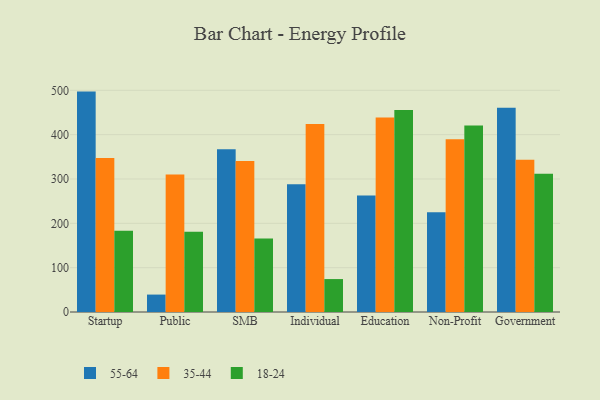
{"axis": {"x": "Segment", "y": "Waste Production (Tons)"}, "legend": ["18-24", "35-44", "55-64"], "data": [{"x": "Startup", "y": 497.1, "type": "55-64"}, {"x": "Startup", "y": 347.1, "type": "35-44"}, {"x": "Startup", "y": 183.3, "type": "18-24"}, {"x": "Public", "y": 39.3, "type": "55-64"}, {"x": "Public", "y": 310.2, "type": "35-44"}, {"x": "Public", "y": 180.9, "type": "18-24"}, {"x": "SMB", "y": 367.3, "type": "55-64"}, {"x": "SMB", "y": 340.4, "type": "35-44"}, {"x": "SMB", "y": 165.5, "type": "18-24"}, {"x": "Individual", "y": 287.9, "type": "55-64"}, {"x": "Individual", "y": 423.9, "type": "35-44"}, {"x": "Individual", "y": 74.3, "type": "18-24"}, {"x": "Education", "y": 263.0, "type": "55-64"}, {"x": "Education", "y": 438.5, "type": "35-44"}, {"x": "Education", "y": 455.7, "type": "18-24"}, {"x": "Non-Profit", "y": 225.1, "type": "55-64"}, {"x": "Non-Profit", "y": 389.8, "type": "35-44"}, {"x": "Non-Profit", "y": 420.5, "type": "18-24"}, {"x": "Government", "y": 460.5, "type": "55-64"}, {"x": "Government", "y": 343.5, "type": "35-44"}, {"x": "Government", "y": 311.7, "type": "18-24"}]}